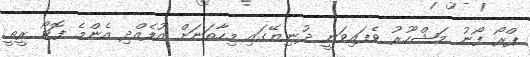
ޕްރޯ ފޯނު މަޝްހޫރު ވެފައިވަނީ ދުނިޔޭގައި މިހާތަނަށް އުފެއްދި އެންމެ ފޮޓޯ ރީތީ